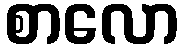
စာလော